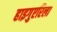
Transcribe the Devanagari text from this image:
हाइगुएरिला